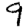
Digit: 9